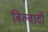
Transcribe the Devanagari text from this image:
बिल्वादी